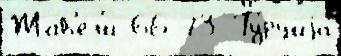
Жав'ел'и 66 73 Ту́рциjа